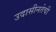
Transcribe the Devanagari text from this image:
उदासीनतेची